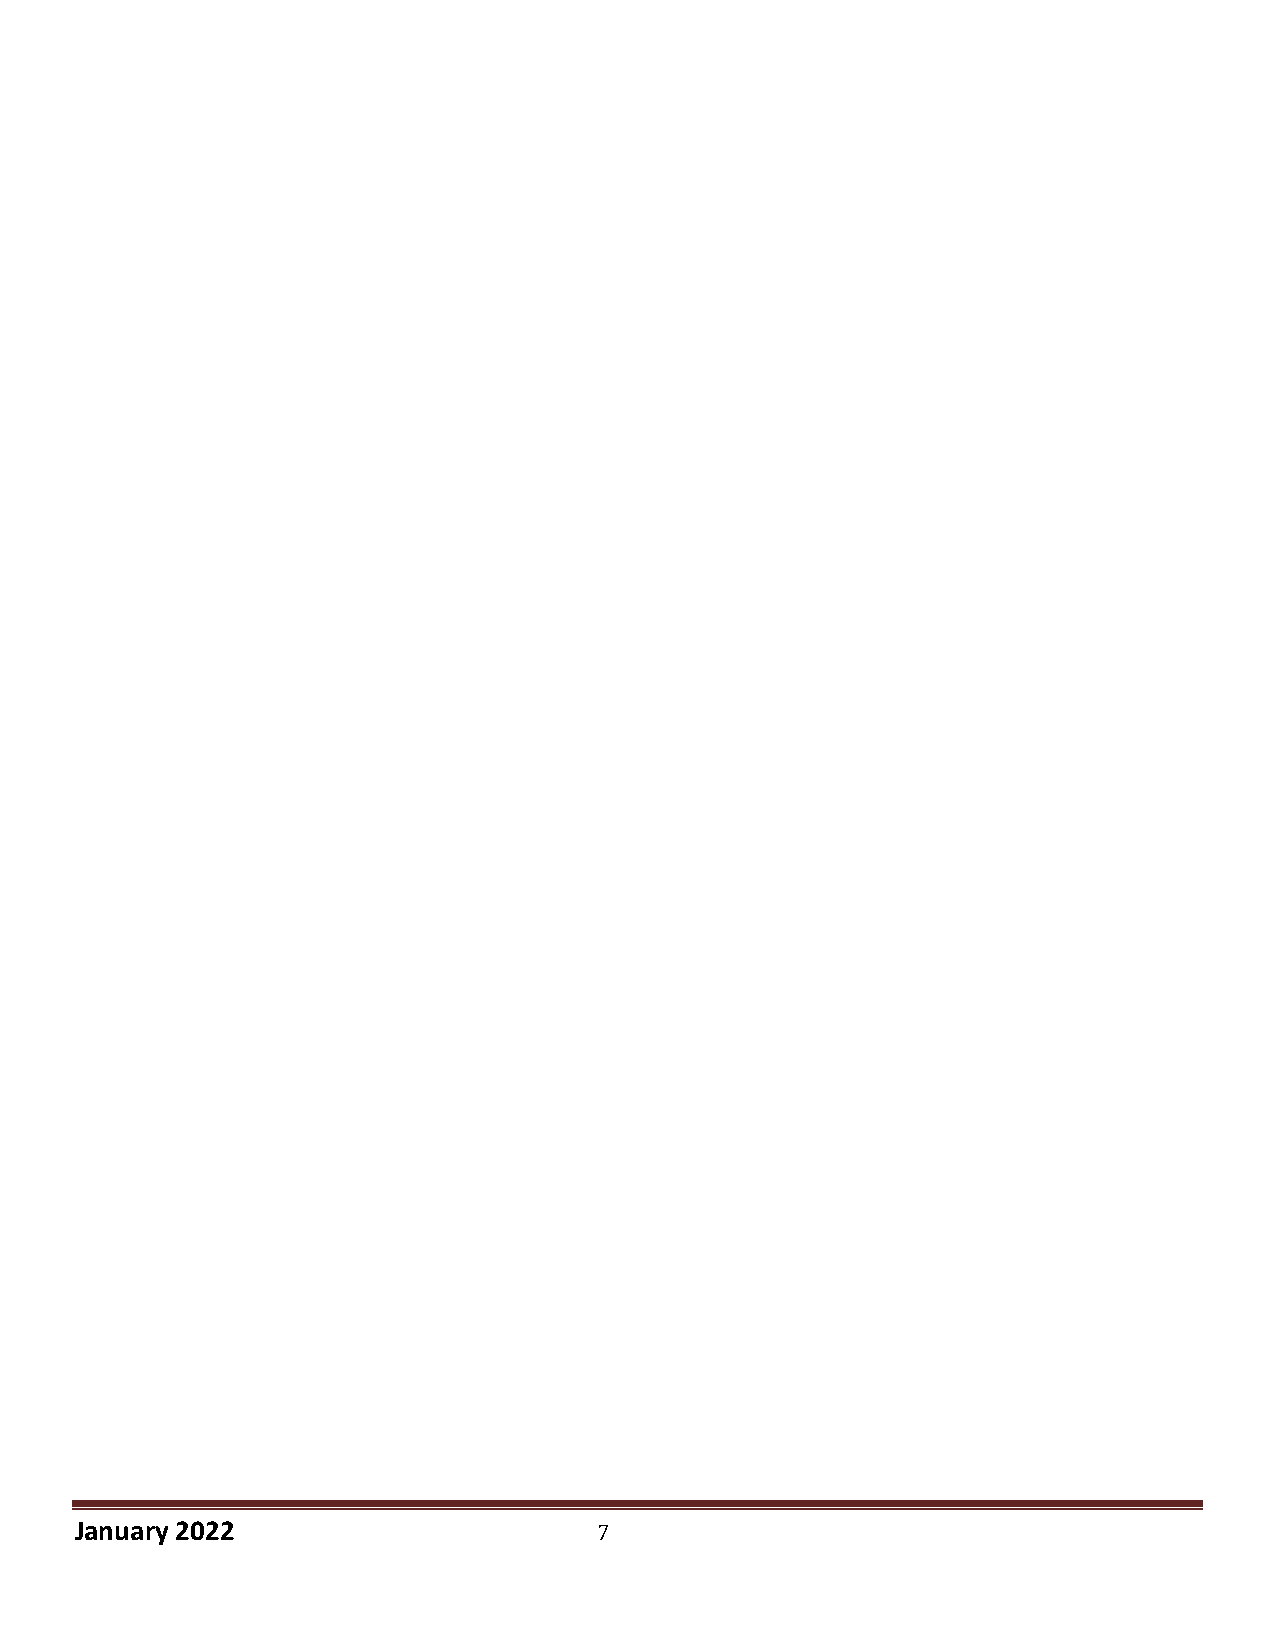
January 2022                       7